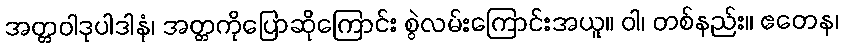
အတ္တဝါဒုပါဒါနံ၊ အတ္တကိုပြောဆိုကြောင်း စွဲလမ်းကြောင်းအယူ။ ဝါ၊ တစ်နည်း။ ဧတေန၊